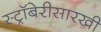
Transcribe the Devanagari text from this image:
स्ट्रॉबेरीसारखी